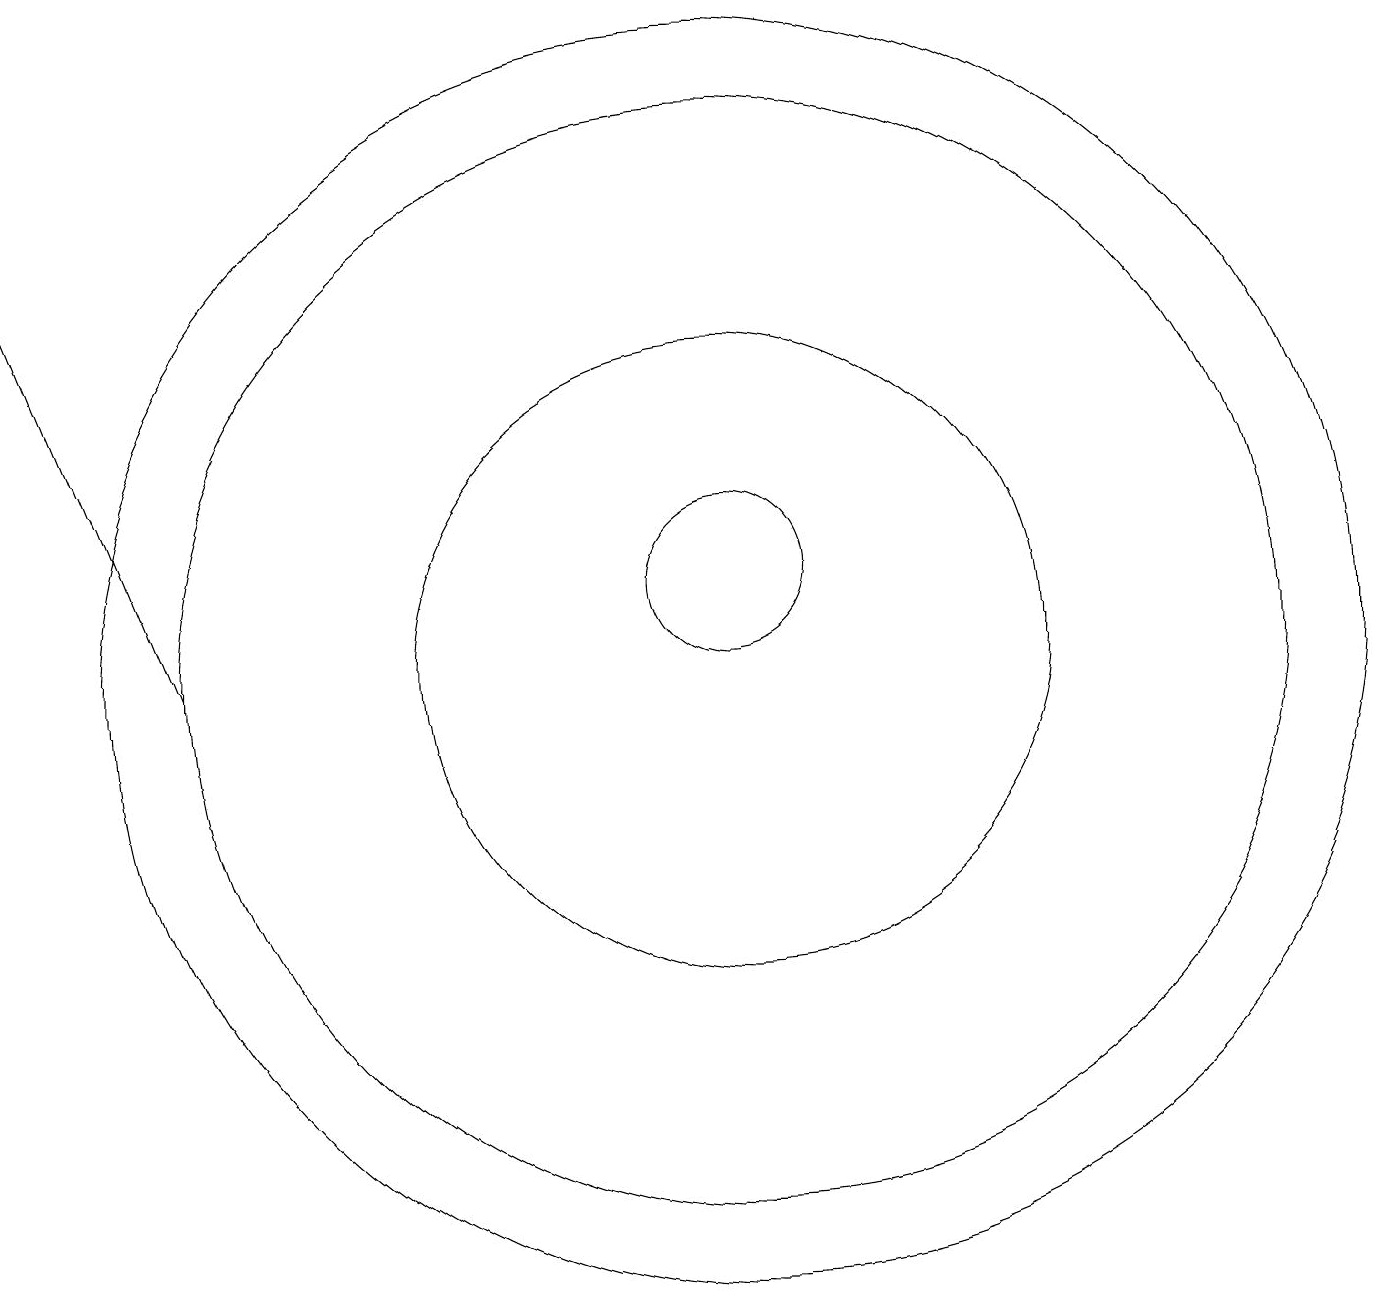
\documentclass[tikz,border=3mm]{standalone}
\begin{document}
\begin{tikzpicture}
\draw[->] (5,10) -- (3,15);
\draw (12,10) circle (4);
\draw (12,10) circle (8);
\draw (12,11) circle (1);
\draw (12,10) circle (7);
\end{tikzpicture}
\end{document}